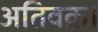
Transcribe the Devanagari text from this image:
अतिवक्र।